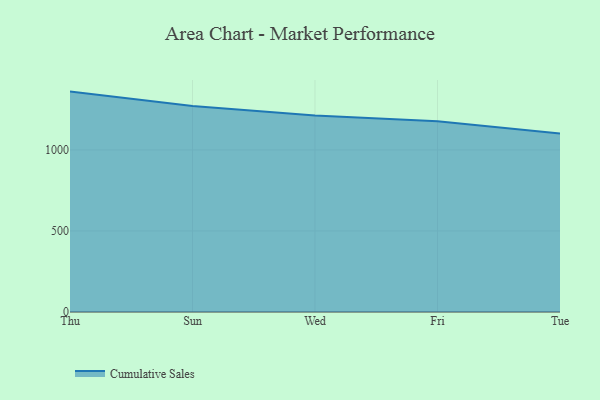
{"axis": {"x": "Day", "y": "Inventory Turnover"}, "legend": ["Cumulative Sales"], "data": [{"x": "Thu", "y": 1360.0, "type": "Cumulative Sales"}, {"x": "Sun", "y": 1270.6, "type": "Cumulative Sales"}, {"x": "Wed", "y": 1211.8, "type": "Cumulative Sales"}, {"x": "Fri", "y": 1177.7, "type": "Cumulative Sales"}, {"x": "Tue", "y": 1102.0, "type": "Cumulative Sales"}]}